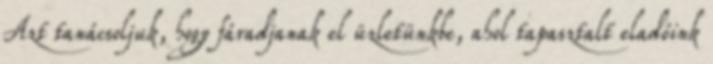
Azt tanácsoljuk, hogy fáradjanak el üzletünkbe, ahol tapasztalt eladóink